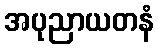
အပုညာယတနံ